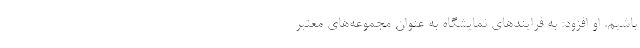
باشیم. او افزود: به فرایندهای نمایشگاه به عنوان مجموعه‌های معتبر